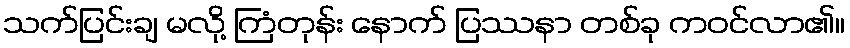
သက်ပြင်းချ မလို့ ကြံတုန်း နောက် ပြဿနာ တစ်ခု ကဝင်လာ၏။